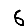
Digit: 6